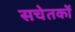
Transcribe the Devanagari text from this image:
सचेतकों